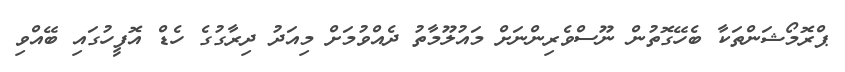
ޕްރޮމޯޝަންތަކާ ބެހޭގޮތުން ނޫސްވެރިންނަށް މައުލޫމާތު ދެއްވުމަށް މިއަދު ދިރާގުގެ ހެޑް އޮފީހުގައި ބޭއްވި